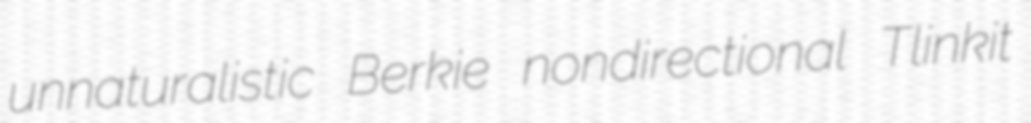
unnaturalistic Berkie nondirectional Tlinkit